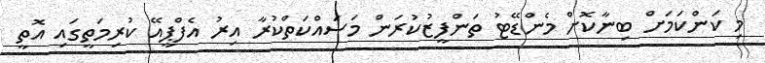
މި ކަންކަމަށް ބިނާކޮށް މެންޑޭޓު ތަންފީޒުކުރަން މަސައްކަތްކުރާ އިރު އެފްޕީއޭ ކުރިމަތީގައި އޮތީ